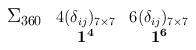
LaTeX: \begin{align*}\begin{array}{ccc}{\bf \mbox{\large $\Sigma_{360}$}}&\mbox{\normalsize ${4 (\delta_{ij})_{7 \times 7}}$}&\mbox{\normalsize ${6 (\delta_{ij})_{7 \times 7}}$}\\&{\bf 1^{4}}&{\bf 1^{6}}\\\end{array}\end{align*}